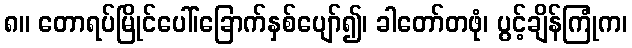
၈။ တောရပ်မြိုင်ပေါ်၊ခြောက်နှစ်ပျော်၍၊ ခါတော်တဖုံ၊ ပွင့်ချိန်ကြုံက၊